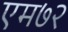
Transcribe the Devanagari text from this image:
एम७२